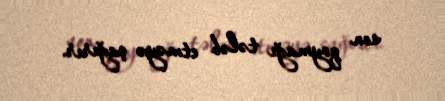
son qoymağı tələb etməyə çağırır.